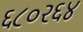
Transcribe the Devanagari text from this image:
६८०२६४